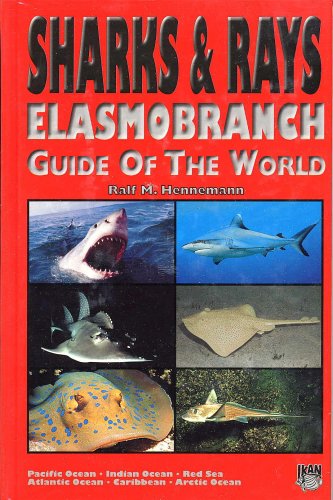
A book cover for Sharks & Rays: Elasmobranch Guide of the World; R.M. Hennemann; Travel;